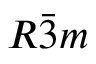
R \bar { 3 } m